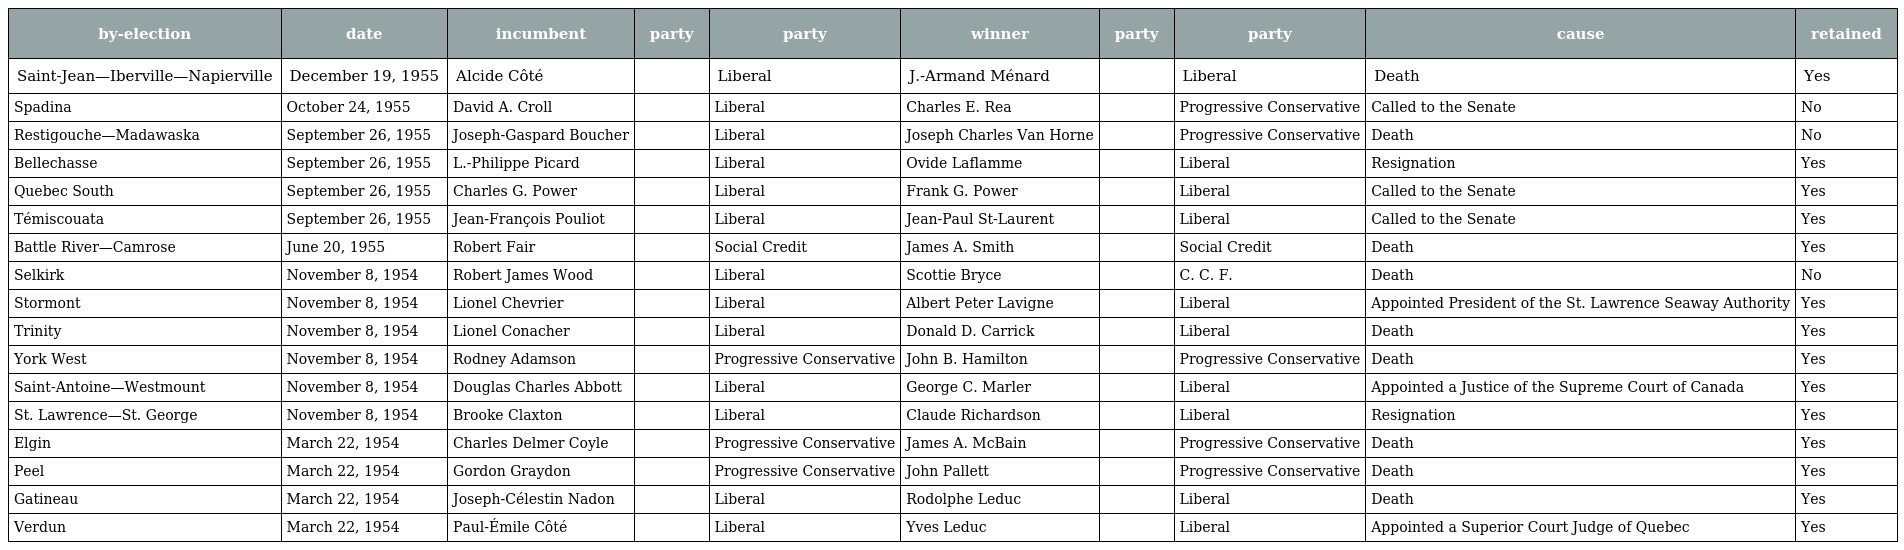
| by-election | date | incumbent | party | party | winner | party | party | cause | retained |
 | --- | --- | --- | --- | --- | --- | --- | --- | --- | --- |
 | Saint-Jean—Iberville—Napierville | December 19, 1955 | Alcide Côté |  | Liberal | J.-Armand Ménard |  | Liberal | Death | Yes |
 | Spadina | October 24, 1955 | David A. Croll |  | Liberal | Charles E. Rea |  | Progressive Conservative | Called to the Senate | No |
 | Restigouche—Madawaska | September 26, 1955 | Joseph-Gaspard Boucher |  | Liberal | Joseph Charles Van Horne |  | Progressive Conservative | Death | No |
 | Bellechasse | September 26, 1955 | L.-Philippe Picard |  | Liberal | Ovide Laflamme |  | Liberal | Resignation | Yes |
 | Quebec South | September 26, 1955 | Charles G. Power |  | Liberal | Frank G. Power |  | Liberal | Called to the Senate | Yes |
 | Témiscouata | September 26, 1955 | Jean-François Pouliot |  | Liberal | Jean-Paul St-Laurent |  | Liberal | Called to the Senate | Yes |
 | Battle River—Camrose | June 20, 1955 | Robert Fair |  | Social Credit | James A. Smith |  | Social Credit | Death | Yes |
 | Selkirk | November 8, 1954 | Robert James Wood |  | Liberal | Scottie Bryce |  | C. C. F. | Death | No |
 | Stormont | November 8, 1954 | Lionel Chevrier |  | Liberal | Albert Peter Lavigne |  | Liberal | Appointed President of the St. Lawrence Seaway Authority | Yes |
 | Trinity | November 8, 1954 | Lionel Conacher |  | Liberal | Donald D. Carrick |  | Liberal | Death | Yes |
 | York West | November 8, 1954 | Rodney Adamson |  | Progressive Conservative | John B. Hamilton |  | Progressive Conservative | Death | Yes |
 | Saint-Antoine—Westmount | November 8, 1954 | Douglas Charles Abbott |  | Liberal | George C. Marler |  | Liberal | Appointed a Justice of the Supreme Court of Canada | Yes |
 | St. Lawrence—St. George | November 8, 1954 | Brooke Claxton |  | Liberal | Claude Richardson |  | Liberal | Resignation | Yes |
 | Elgin | March 22, 1954 | Charles Delmer Coyle |  | Progressive Conservative | James A. McBain |  | Progressive Conservative | Death | Yes |
 | Peel | March 22, 1954 | Gordon Graydon |  | Progressive Conservative | John Pallett |  | Progressive Conservative | Death | Yes |
 | Gatineau | March 22, 1954 | Joseph-Célestin Nadon |  | Liberal | Rodolphe Leduc |  | Liberal | Death | Yes |
 | Verdun | March 22, 1954 | Paul-Émile Côté |  | Liberal | Yves Leduc |  | Liberal | Appointed a Superior Court Judge of Quebec | Yes |